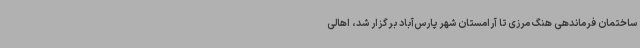
ساختمان فرماندهی هنگ مرزی تا آرامستان شهر پارس‌آباد برگزار شد، اهالی